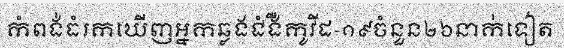
កំពង់ធំរកឃើញអ្នកឆ្លងជំងឺកូវីដ-១៩ចំនួន២៦នាក់ទៀត